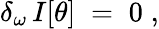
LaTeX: \delta_{\omega}\, I[\theta]\; =\; 0\; ,